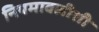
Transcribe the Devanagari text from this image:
नियमावलीशी